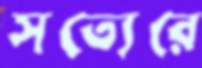
সত্যেরে